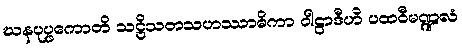
ဃနပုပ္ဖကောတိ သဋ္ဌိသတသဟဿာဓိကာ ဝါဠာဒီဟိ ပထဝီမဏ္ဍလံ